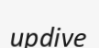
updive